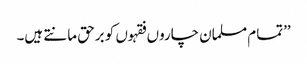
’’تمام مسلمان چاروں فقہوں کو برحق مانتے ہیں۔